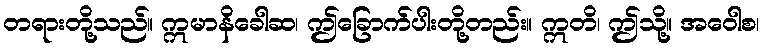
တရားတို့သည်။ ဣမာနိခေါဆ၊ ဤခြောက်ပါးတို့တည်း။ ဣတိ၊ ဤသို့။ အဝေါစ၊